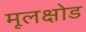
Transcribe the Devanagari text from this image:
मूलक्षोड